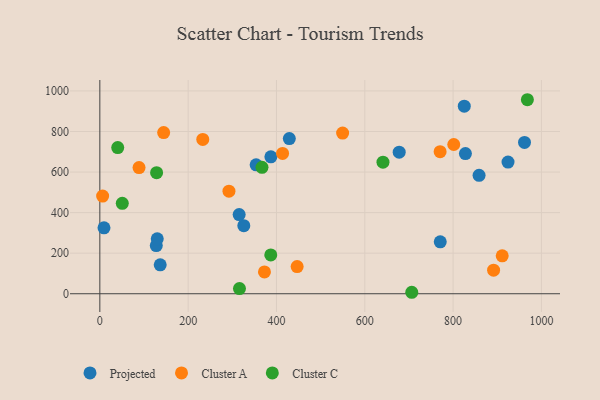
{"axis": {"x": "Distance", "y": "Rating"}, "legend": ["Cluster A", "Cluster C", "Projected"], "data": [{"x": "770.9", "y": 256.0, "type": "Projected"}, {"x": "858.8", "y": 584.0, "type": "Projected"}, {"x": "827.9", "y": 691.0, "type": "Projected"}, {"x": "127.8", "y": 237.6, "type": "Projected"}, {"x": "130.0", "y": 270.7, "type": "Projected"}, {"x": "136.7", "y": 142.6, "type": "Projected"}, {"x": "353.9", "y": 635.7, "type": "Projected"}, {"x": "924.4", "y": 649.1, "type": "Projected"}, {"x": "429.1", "y": 764.8, "type": "Projected"}, {"x": "9.4", "y": 325.0, "type": "Projected"}, {"x": "677.9", "y": 697.9, "type": "Projected"}, {"x": "387.3", "y": 675.2, "type": "Projected"}, {"x": "315.5", "y": 390.4, "type": "Projected"}, {"x": "961.7", "y": 746.2, "type": "Projected"}, {"x": "825.3", "y": 924.9, "type": "Projected"}, {"x": "326.0", "y": 335.6, "type": "Projected"}, {"x": "891.7", "y": 116.1, "type": "Cluster A"}, {"x": "292.4", "y": 505.5, "type": "Cluster A"}, {"x": "549.8", "y": 792.3, "type": "Cluster A"}, {"x": "770.6", "y": 700.4, "type": "Cluster A"}, {"x": "372.8", "y": 107.4, "type": "Cluster A"}, {"x": "911.2", "y": 186.7, "type": "Cluster A"}, {"x": "233.1", "y": 760.7, "type": "Cluster A"}, {"x": "144.5", "y": 794.5, "type": "Cluster A"}, {"x": "446.8", "y": 133.8, "type": "Cluster A"}, {"x": "88.8", "y": 622.1, "type": "Cluster A"}, {"x": "413.8", "y": 691.7, "type": "Cluster A"}, {"x": "801.5", "y": 735.9, "type": "Cluster A"}, {"x": "6.3", "y": 481.3, "type": "Cluster A"}, {"x": "367.2", "y": 623.3, "type": "Cluster C"}, {"x": "128.5", "y": 597.0, "type": "Cluster C"}, {"x": "387.1", "y": 191.4, "type": "Cluster C"}, {"x": "968.2", "y": 956.6, "type": "Cluster C"}, {"x": "706.4", "y": 7.2, "type": "Cluster C"}, {"x": "40.5", "y": 720.9, "type": "Cluster C"}, {"x": "641.2", "y": 648.8, "type": "Cluster C"}, {"x": "50.8", "y": 445.9, "type": "Cluster C"}, {"x": "316.2", "y": 25.3, "type": "Cluster C"}]}